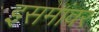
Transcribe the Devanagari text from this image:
इसमांवर